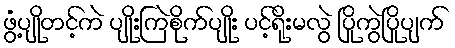
ဖွံ့ပျိုတင့်ကဲ ပျိုးကြဲစိုက်ပျိုး ပင့်ရိုးမလွဲ ပြိုကွဲပြိုပျက်